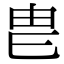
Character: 𤰣